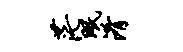
茫眠淆